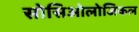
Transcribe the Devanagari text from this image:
सोसिओलोजिकल